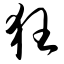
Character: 狂